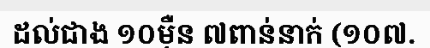
ដល់ជាង ១០ម៉ឺន ៧ពាន់នាក់ (១០៧.